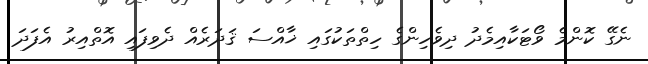
ނެގޭ ކޮންމެ ވޯޓަކާއިމެދު ދިވެހިންގެ ހިތްތަކުގައި ޚާއްސަ ޤަދަރެއް ދެވިފައި އޮތްއިރު އެފަދަ